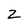
Character: Z